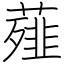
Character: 薤